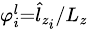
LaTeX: \scriptstyle{\varphi_{i}^{l}={\hat{l}}_{z_{i}}/L_{z}}